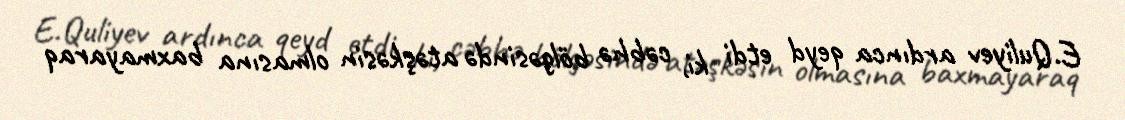
E.Quliyev ardınca qeyd etdi ki, cəbhə bölgəsində atəşkəsin olmasına baxmayaraq